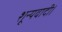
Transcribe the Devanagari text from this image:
शून्यवादी।